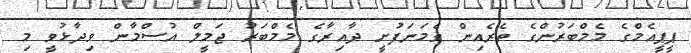
ޕީޕީއެމްގެ މެމްބަރުންގެ ތެރެއިން ގެމަނަފުށީ ދާއިރާގެ މެމްބަރު ޖަމީލް އުސްމާން ވިދާޅުވީ މި